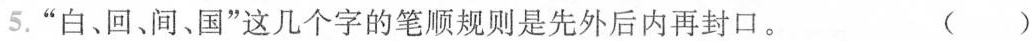
5.“白、回、间、国”这几个字的笔顺规则是先外后内再封口。 ( )